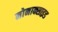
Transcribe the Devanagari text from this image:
मोनाक्साइड